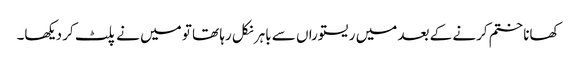
کھانا ختم کرنے کے بعد میں ریستوراں سے باہر نکل رہا تھا تو میں نے پلٹ کر دیکھا۔